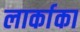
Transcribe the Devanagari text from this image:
लार्काका